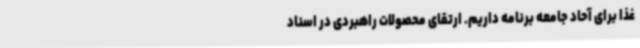
غذا برای آحاد جامعه برنامه داریم. ارتقای محصولات راهبردی در اسناد